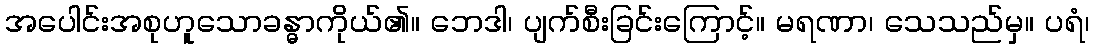
အပေါင်းအစုဟူသောခန္ဓာကိုယ်၏။ ဘေဒါ၊ ပျက်စီးခြင်းကြောင့်။ မရဏာ၊ သေသည်မှ။ ပရံ၊